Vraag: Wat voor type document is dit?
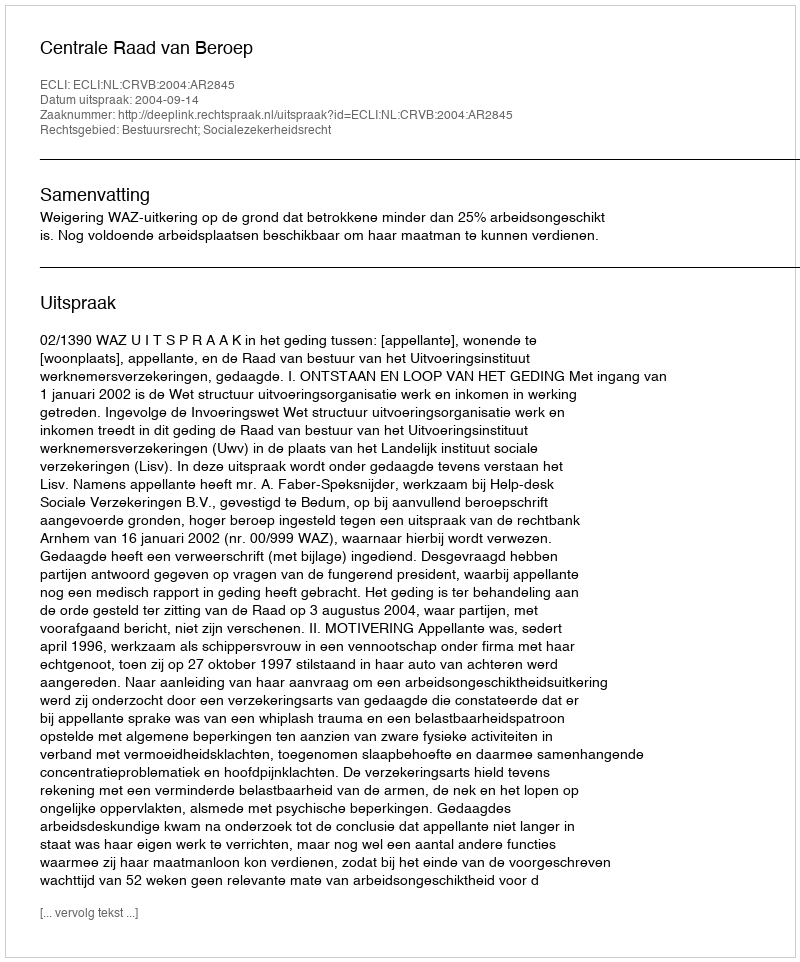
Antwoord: Uitspraak